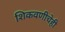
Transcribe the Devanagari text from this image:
शिकवणीचेही